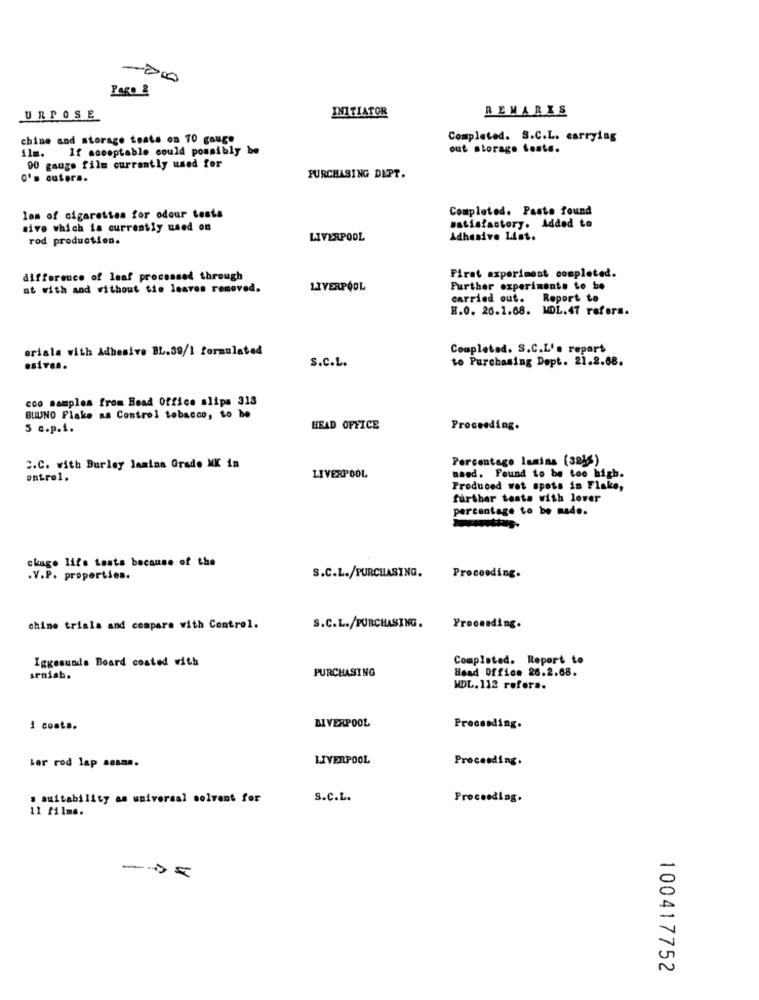
-200
Pago &
REMARIS
URPOSE
INITIATOR
chine and storage toats on 70 gauge
Completed. S.C.L. carrying
If acceptable could possibly be
out storage tests.
11m.
00 gauge film currently used for
o's cuters.
PURCHASING DEPT.
Completed. Pasta found
lom of cigarettes for odour tests
sive which is currently used on
satisfactory. Added to
rod production.
LIVERPOOL
Adhesive List.
difference of leaf processed through
Firat experiment completed.
at with and without tie leaves removed.
LIVERPOOL
Further experiments to be
carried out. Report to
H.O. 26.1.68. MDL.47 refors.
ariala with Adhesive BL.39/1 formulated
Completad. S.C.L'. report
S.c.L.
to Purchasing Dept. 21.2.68.
esives.
cco samples from Head Office slips 313
BUUNO Flake as Control tobacco, to be
5 c.p.1.
HEAD OFFICE
Proceeding.
Percentage lamina (323s)
C.C. with Burley lamina Grade MK in
ontrol.
LIVERPOOL
naed. Found to be too high.
Produced wot spots in Flake,
further testa with lover
percentage to be made.
chage lif's tests because of the
.V.P. properties.
S.C.L./PURCHASING.
Proceeding.
chine trials and compare with Control.
S.C.L./PURCHASING.
Proceeding.
Iggesunds Board coated with
Completed. Report to
PURCHASING
Head Office 26.2.68.
sraisb.
MDL. 112 refers.
1 costa.
LIVERPOOL
Procesding.
LIVERPOOL
Proceeding.
Ler rod lap sesms.
. suitability as universal solvent for
S.C.L.
Proceeding.
11 films.
-
V
100417752